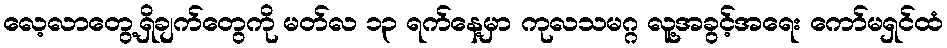
လေ့လာတွေ့ရှိချက်တွေကို မတ်လ ၁၃ ရက်နေ့မှာ ကုလသမဂ္ဂ လူ့အခွင့်အရေး ကော်မရှင်ထံ